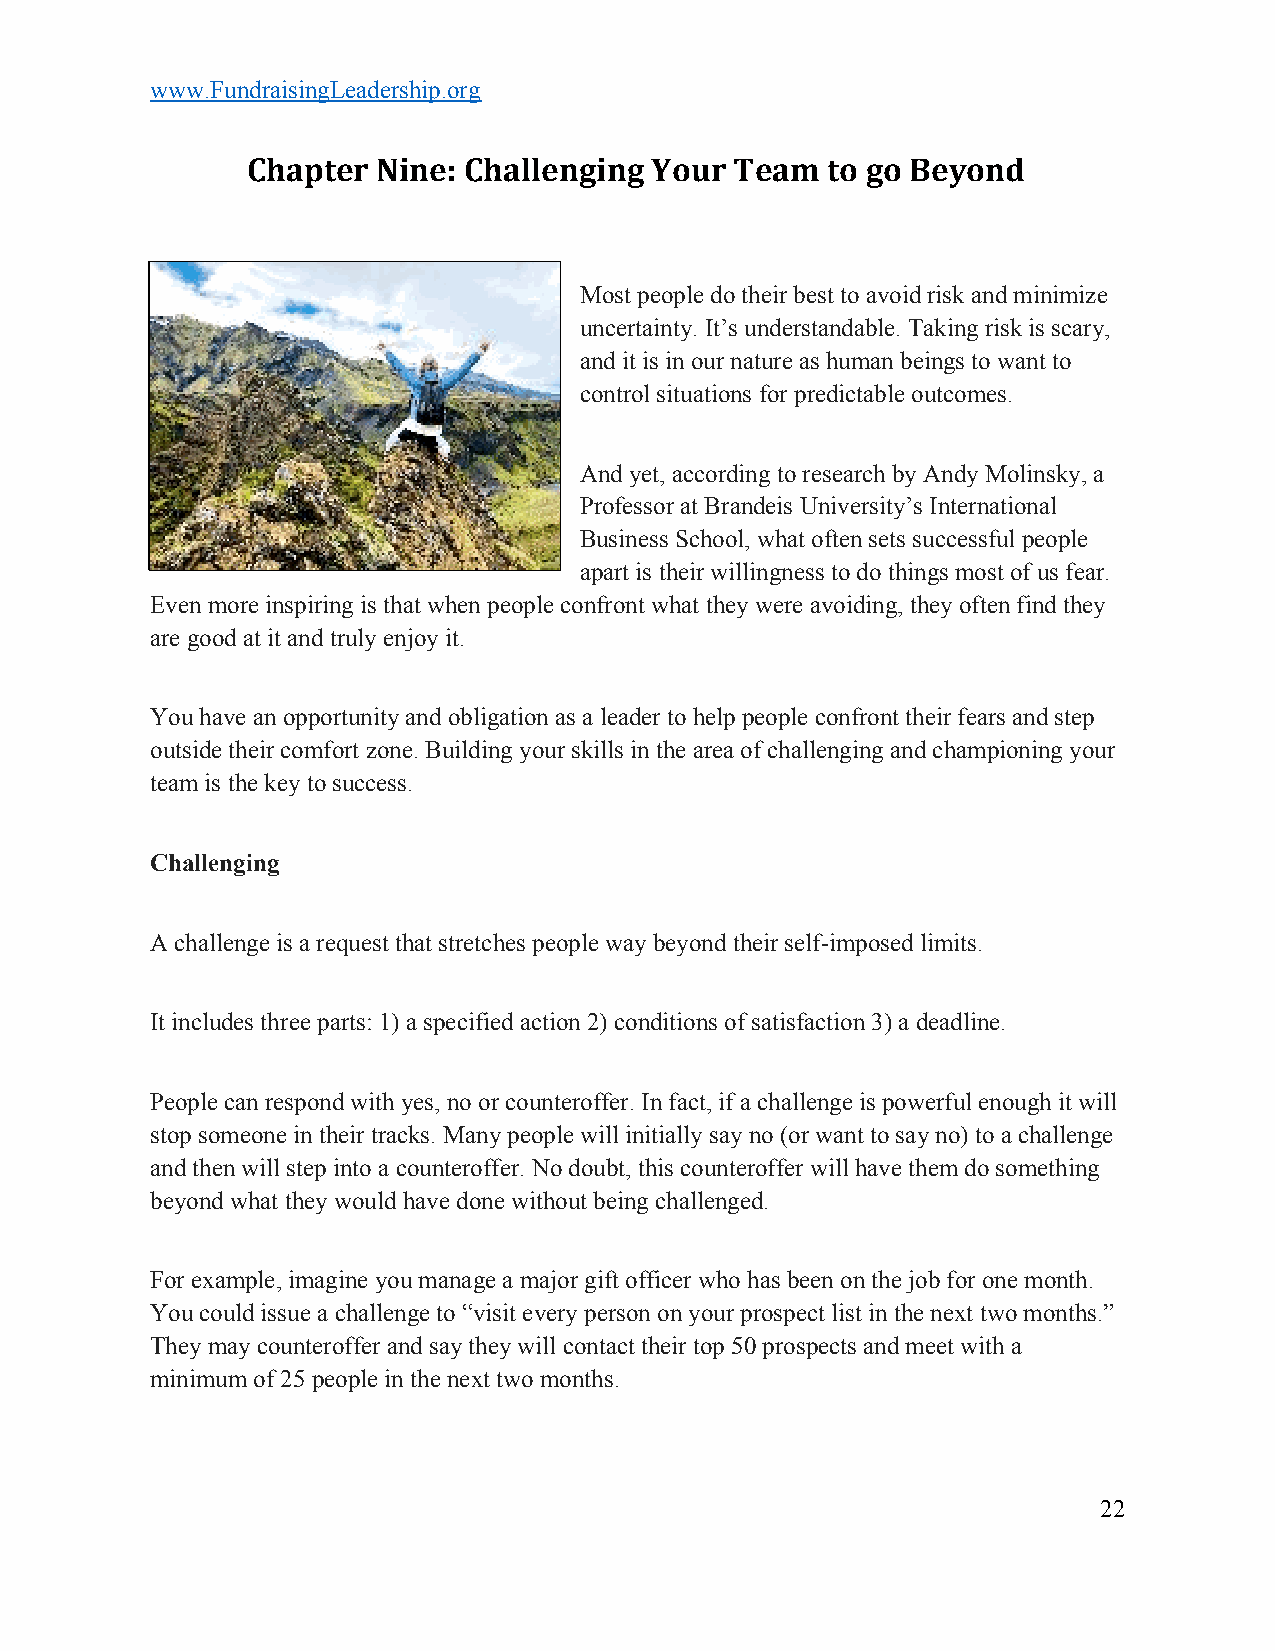
www.FundraisingLeadership.org
 Chapter  Nine: Challenging Your  Team  to go Beyond
 Most people do their best to avoid risk and minimize
 uncertainty. It’s understandable. Taking risk is scary,
 and it is in our nature as human beings to want to
 control situations for predictable outcomes.
 And yet, according to research by Andy Molinsky, a
 Professor at Brandeis University’s International
 Business School, what often sets successful people
 apart is their willingness to do things most of us fear.
 Even more inspiring is that when people confront what they were avoiding, they often find they
 are good at it and truly enjoy it.
 You have an opportunity and obligation as a leader to help people confront their fears and step
 outside their comfort zone. Building your skills in the area of challenging and championing your
 team is the key to success.
 Challenging
 A challenge is a request that stretches people way beyond their self-imposed limits.
 It includes three parts: 1) a specified action 2) conditions of satisfaction 3) a deadline.
 People can respond with yes, no or counteroffer. In fact, if a challenge is powerful enough it will
 stop someone in their tracks. Many people will initially say no (or want to say no) to a challenge
 and then will step into a counteroffer. No doubt, this counteroffer will have them do something
 beyond what they would have done without being challenged.
 For example, imagine you manage a major gift officer who has been on the job for one month.
 You could issue a challenge to “visit every person on your prospect list in the next two months.”
 They may counteroffer and say they will contact their top 50 prospects and meet with a
 minimum of 25 people in the next two months.
 22